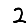
Digit: 2